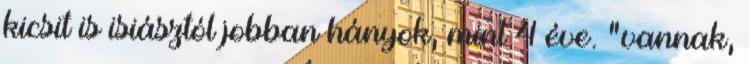
kicsit is isiásztól jobban hányok, mint 4 éve. "vannak,